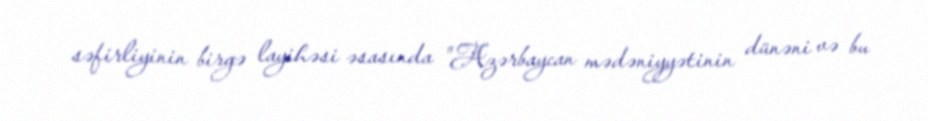
səfirliyinin birgə layihəsi əsasında "Azərbaycan mədəniyyətinin dünəni və bu